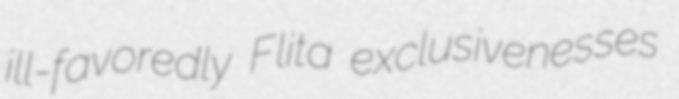
ill-favoredly Flita exclusivenesses